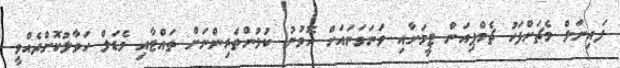
ފައިނަލް މެޗަށްފަހު ޗެމްޕިއަން ޓީމަށާއި ވަނަވަނައަށް ހޮވުނު ކުޅުންތެރިންނަށް ތައްޓާއި މެޑަލް ހަވާލުކޮށްދެއްވީ